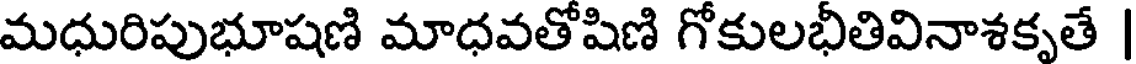
మధురిపుభూషణి మాధవతోషిణి గోకులభీతివినాశకృతే